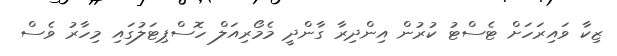
ޒިކާ ވައިރަހަށް ޓެސްޓު ކުރުން އިންދިރާ ގާންދީ މެމޯރިއަލް ހޮސްޕިޓަލުގައި މިހާރު ވެސް